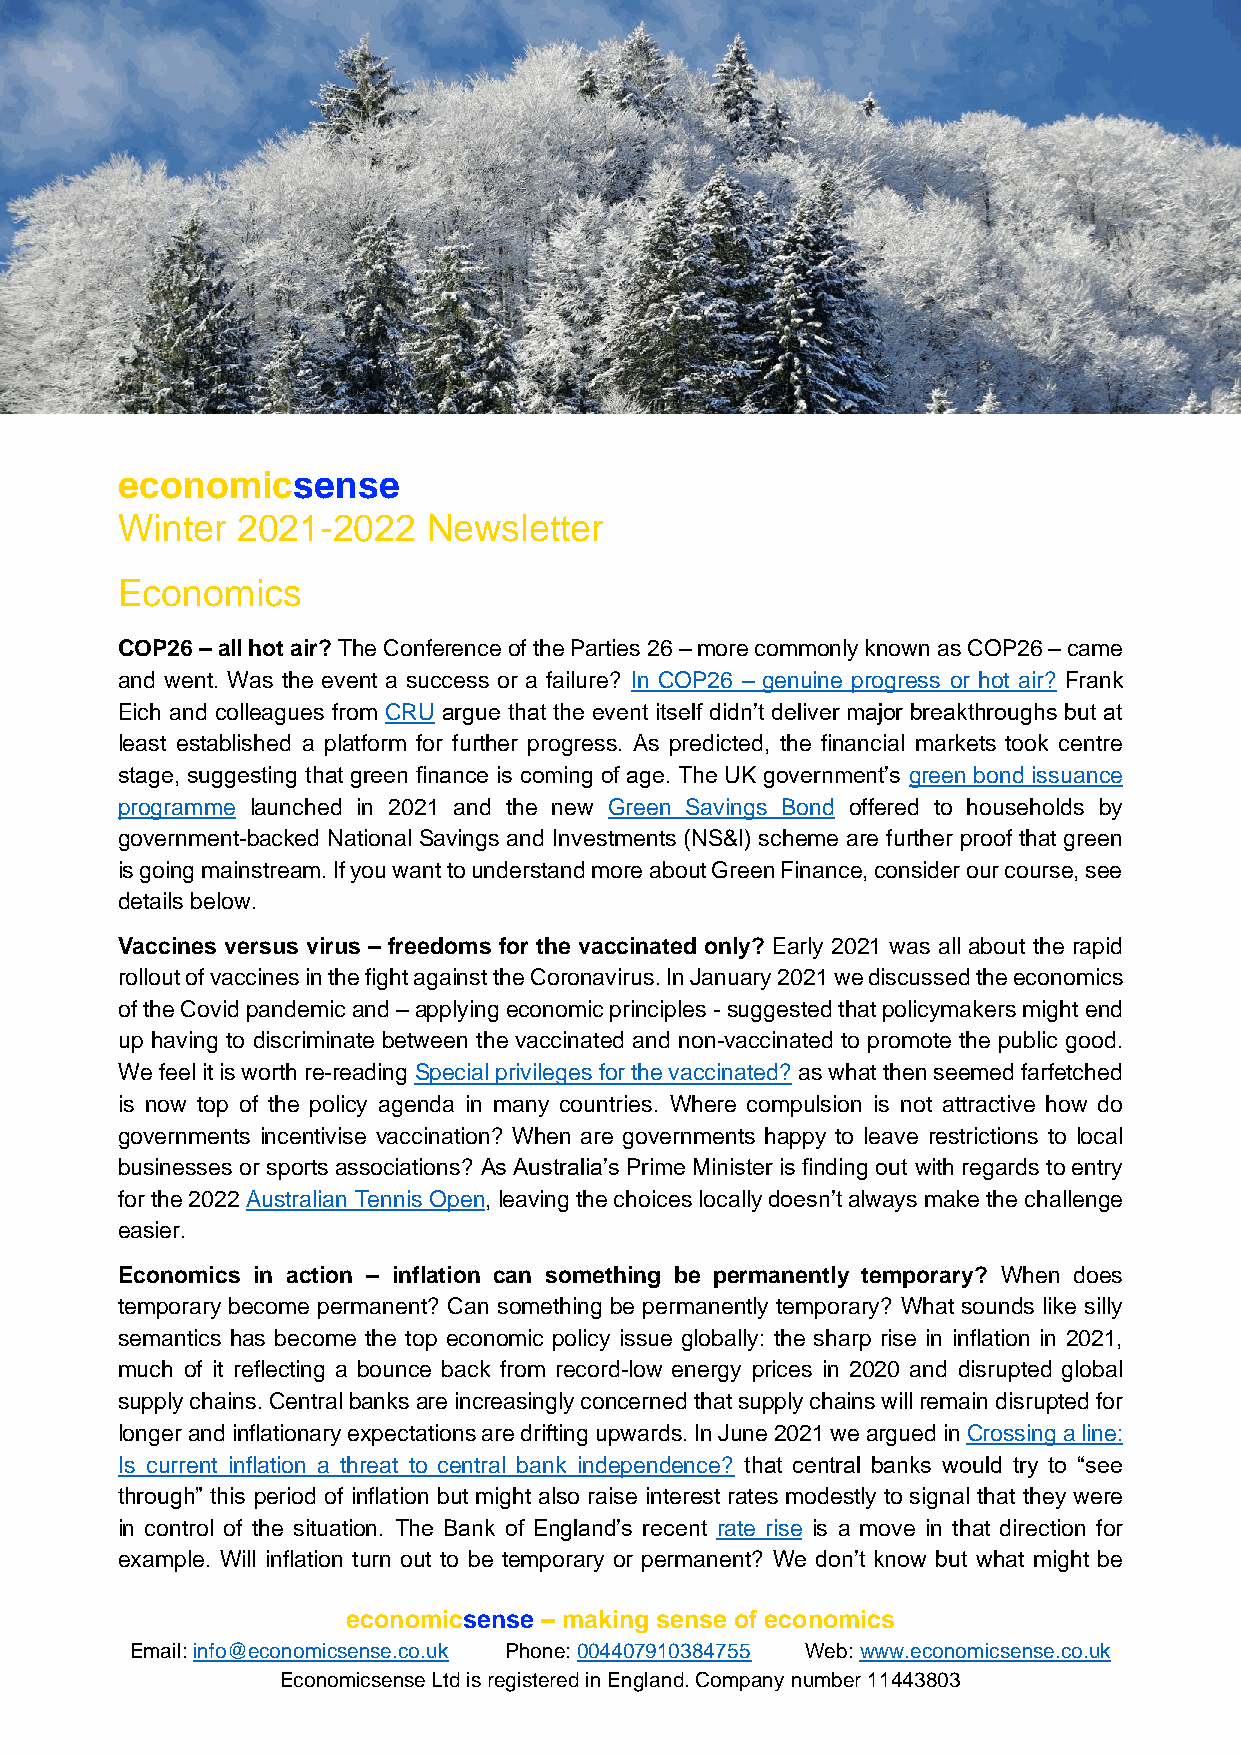
economicsense
 Winter  2021-2022   Newsletter
 Economics
 COP26 – all hot air? The Conference of the Parties 26 – more commonly known as COP26 – came
 and went. Was the event a success or a failure? In COP26 – genuine progress or hot air? Frank
 Eich and colleagues from CRU argue that the event itself didn’t deliver major breakthroughs but at
 least established a platform for further progress. As predicted, the financial markets took centre
 stage, suggesting that green finance is coming of age. The UK government’s green bond issuance
 programme launched in 2021 and the new Green Savings Bond offered to households by
 government-backed National Savings and Investments (NS&I) scheme are further proof that green
 is going mainstream. If you want to understand more about Green Finance, consider our course, see
 details below.
 Vaccines versus virus – freedoms for the vaccinated only? Early 2021 was all about the rapid
 rollout of vaccines in the fight against the Coronavirus. In January 2021 we discussed the economics
 of the Covid pandemic and – applying economic principles - suggested that policymakers might end
 up having to discriminate between the vaccinated and non-vaccinated to promote the public good.
 We feel it is worth re-reading Special privileges for the vaccinated? as what then seemed farfetched
 is now top of the policy agenda in many countries. Where compulsion is not attractive how do
 governments incentivise vaccination? When are governments happy to leave restrictions to local
 businesses or sports associations? As Australia’s Prime Minister is finding out with regards to entry
 for the 2022 Australian Tennis Open, leaving the choices locally doesn’t always make the challenge
 easier.
 Economics in action – inflation can something be permanently temporary? When does
 temporary become permanent? Can something be permanently temporary? What sounds like silly
 semantics has become the top economic policy issue globally: the sharp rise in inflation in 2021,
 much of it reflecting a bounce back from record-low energy prices in 2020 and disrupted global
 supply chains. Central banks are increasingly concerned that supply chains will remain disrupted for
 longer and inflationary expectations are drifting upwards. In June 2021 we argued in Crossing a line:
 Is current inflation a threat to central bank independence? that central banks would try to “see
 through” this period of inflation but might also raise interest rates modestly to signal that they were
 in control of the situation. The Bank of England’s recent rate rise is a move in that direction for
 example. Will inflation turn out to be temporary or permanent? We don’t know but what might be
 economicsense – making sense of economics
 Email: info@economicsense.co.uk Phone: 004407910384755 Web: www.economicsense.co.uk
 Economicsense Ltd is registered in England. Company number 11443803